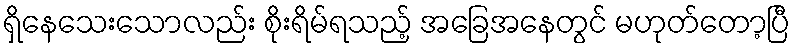
ရှိနေသေးသောလည်း စိုးရိမ်ရသည့် အခြေအနေတွင် မဟုတ်တော့ပြီ